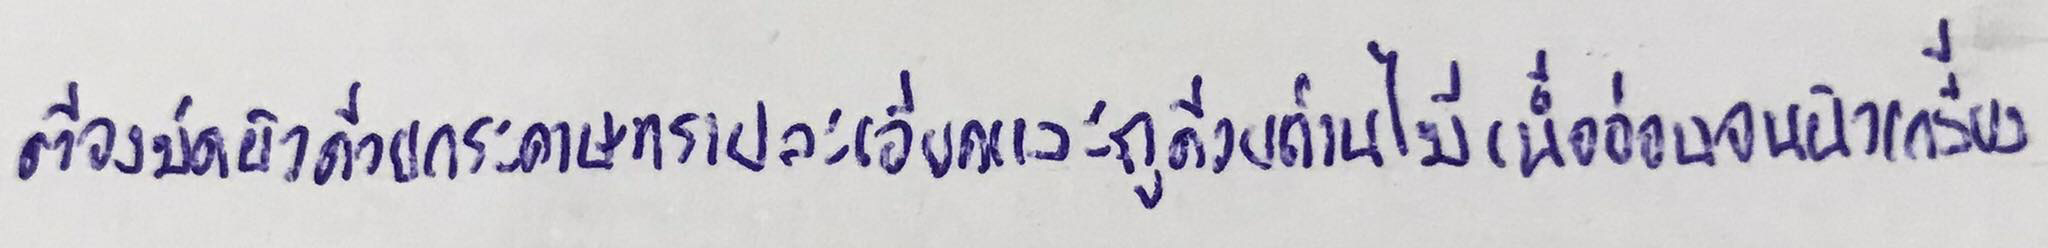
ต้องขัดผิวด้วยกระดาษทรายละเอียดและถูด้วยถ่านไม้เนื้ออ่อนจนผิวเกลี้ยง